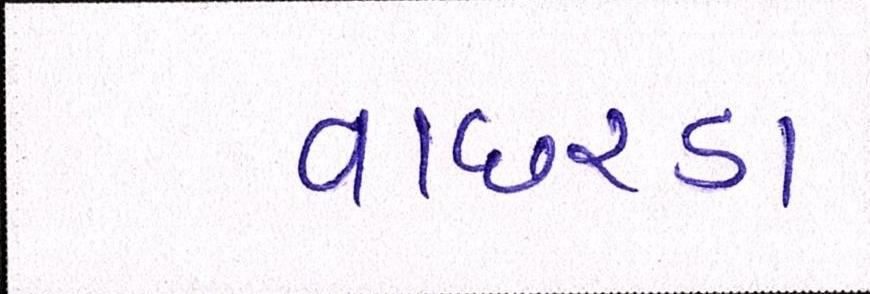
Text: વાછરડા